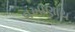
વખાણાય